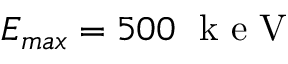
E _ { m a x } = 5 0 0 \; \mathrm { ~ k ~ e ~ V ~ }